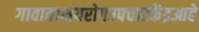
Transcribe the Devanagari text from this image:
गावात१क्षयरोगउपचारकेंद्रआहे